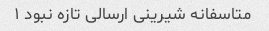
متاسفانه شیرینی ارسالی تازه نبود ۱